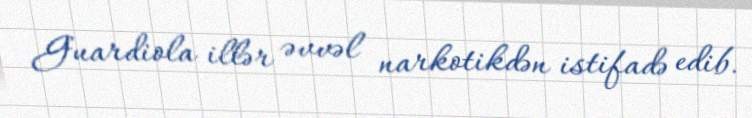
Guardiola illər əvvəl narkotikdən istifadə edib.